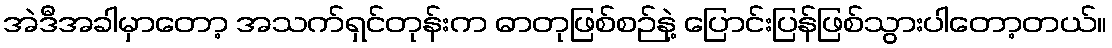
အဲဒီအခါမှာတော့ အသက်ရှင်တုန်းက ဓာတုဖြစ်စဉ်နဲ့ ပြောင်းပြန်ဖြစ်သွားပါတော့တယ်။